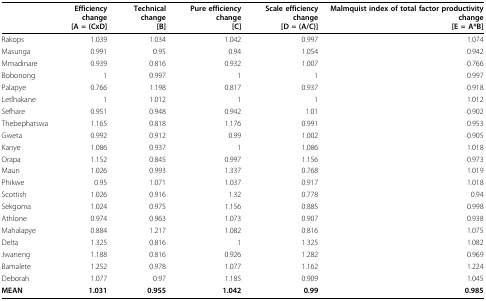
<table><thead><tr><td></td><td><b>Efficiency change[A = (CxD]</b></td><td><b>Technical change[B]</b></td><td><b>Pure efficiency change[C]</b></td><td><b>Scale efficiency change[D = (A/C)]</b></td><td><b>Malmquist index of total factor productivity change[E = A*B]</b></td></tr></thead><tbody><tr><td>Rakops</td><td>1.039</td><td>1.034</td><td>1.042</td><td>0.997</td><td>1.074</td></tr><tr><td>Masunga</td><td>0.991</td><td>0.95</td><td>0.94</td><td>1.054</td><td>0.942</td></tr><tr><td>Mmadinare</td><td>0.939</td><td>0.816</td><td>0.932</td><td>1.007</td><td>0.766</td></tr><tr><td>Bobonong</td><td>1</td><td>0.997</td><td>1</td><td>1</td><td>0.997</td></tr><tr><td>Palapye</td><td>0.766</td><td>1.198</td><td>0.817</td><td>0.937</td><td>0.918</td></tr><tr><td>Letlhakane</td><td>1</td><td>1.012</td><td>1</td><td>1</td><td>1.012</td></tr><tr><td>Sefhare</td><td>0.951</td><td>0.948</td><td>0.942</td><td>1.01</td><td>0.902</td></tr><tr><td>Thebephatswa</td><td>1.165</td><td>0.818</td><td>1.176</td><td>0.991</td><td>0.953</td></tr><tr><td>Gweta</td><td>0.992</td><td>0.912</td><td>0.99</td><td>1.002</td><td>0.905</td></tr><tr><td>Kanye</td><td>1.086</td><td>0.937</td><td>1</td><td>1.086</td><td>1.018</td></tr><tr><td>Orapa</td><td>1.152</td><td>0.845</td><td>0.997</td><td>1.156</td><td>0.973</td></tr><tr><td>Maun</td><td>1.026</td><td>0.993</td><td>1.337</td><td>0.768</td><td>1.019</td></tr><tr><td>Phikwe</td><td>0.95</td><td>1.071</td><td>1.037</td><td>0.917</td><td>1.018</td></tr><tr><td>Scottish</td><td>1.026</td><td>0.916</td><td>1.32</td><td>0.778</td><td>0.94</td></tr><tr><td>Sekgoma</td><td>1.024</td><td>0.975</td><td>1.156</td><td>0.885</td><td>0.998</td></tr><tr><td>Athlone</td><td>0.974</td><td>0.963</td><td>1.073</td><td>0.907</td><td>0.938</td></tr><tr><td>Mahalapye</td><td>0.884</td><td>1.217</td><td>1.082</td><td>0.816</td><td>1.075</td></tr><tr><td>Delta</td><td>1.325</td><td>0.816</td><td>1</td><td>1.325</td><td>1.082</td></tr><tr><td>Jwaneng</td><td>1.188</td><td>0.816</td><td>0.926</td><td>1.282</td><td>0.969</td></tr><tr><td>Bamalete</td><td>1.252</td><td>0.978</td><td>1.077</td><td>1.162</td><td>1.224</td></tr><tr><td>Deborah</td><td>1.077</td><td>0.97</td><td>1.185</td><td>0.909</td><td>1.045</td></tr><tr><td><b>MEAN</b></td><td><b>1.031</b></td><td><b>0.955</b></td><td><b>1.042</b></td><td><b>0.99</b></td><td><b>0.985</b></td></tr></tbody></table>